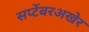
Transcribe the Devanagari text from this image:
सप्टेंबरअखेर